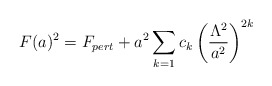
\begin{align*}F(a)^2 = F_{pert} + a^2 \sum\limits_{k=1}c_k \left(\frac{\Lambda^2}{a^2} \right)^{2k}\end{align*}